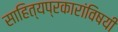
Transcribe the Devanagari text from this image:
साहित्यप्रकारांविषयी